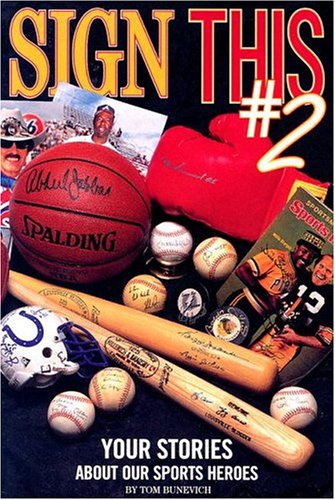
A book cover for Sign This 2: Your Stories About Our Sports Heroes; Tom Bunevich; Crafts, Hobbies & Home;